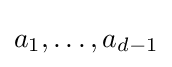
a_{1},\dots ,a_{d-1}